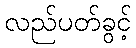
လည်ပတ်ခွင့်